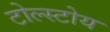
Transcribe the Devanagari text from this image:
टोल्स्टोय